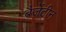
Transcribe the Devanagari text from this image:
बैजेंटीन